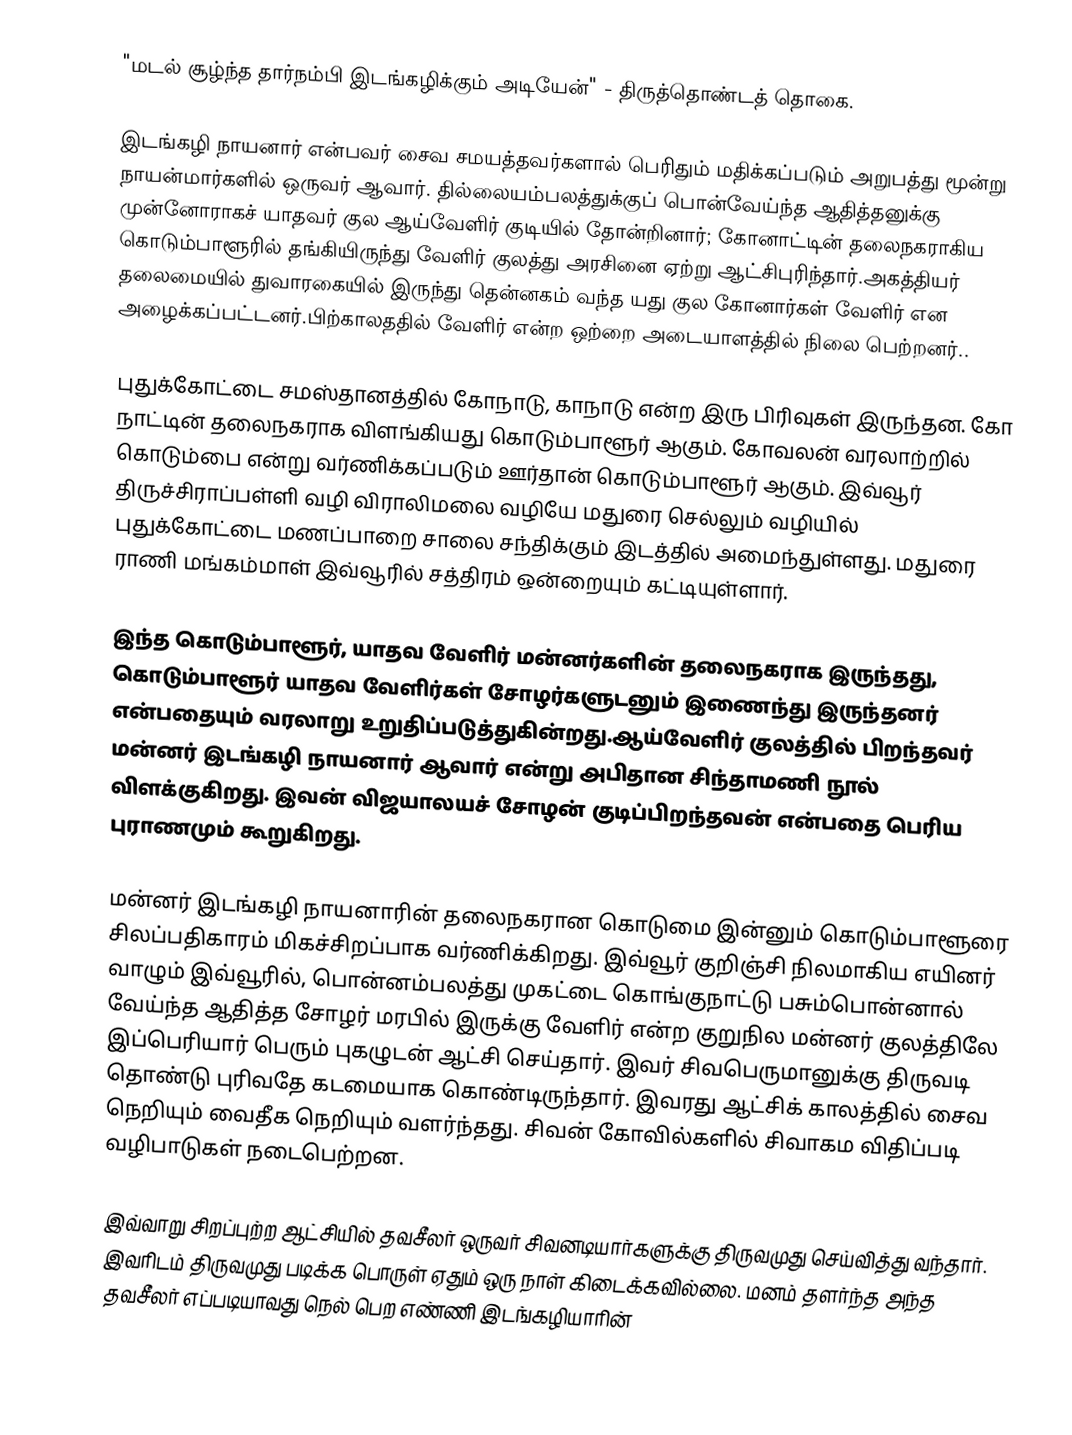
"மடல் சூழ்ந்த தார்நம்பி இடங்கழிக்கும் அடியேன்" - திருத்தொண்டத் தொகை.

இடங்கழி நாயனார் என்பவர் சைவ சமயத்தவர்களால் பெரிதும் மதிக்கப்படும் அறுபத்து மூன்று நாயன்மார்களில் ஒருவர் ஆவார். தில்லையம்பலத்துக்குப் பொன்வேய்ந்த ஆதித்தனுக்கு முன்னோராகச் யாதவர் குல ஆய்வேளிர் குடியில் தோன்றினார்; கோனாட்டின் தலைநகராகிய கொடும்பாளூரில் தங்கியிருந்து வேளிர் குலத்து அரசினை ஏற்று ஆட்சிபுரிந்தார்.அகத்தியர் தலைமையில் துவாரகையில் இருந்து தென்னகம் வந்த யது குல கோனார்கள்  வேளிர் என அழைக்கப்பட்டனர்.பிற்காலததில் வேளிர் என்ற ஒற்றை அடையாளத்தில் நிலை பெற்றனர்..

புதுக்கோட்டை சமஸ்தானத்தில் கோநாடு, காநாடு என்ற இரு பிரிவுகள் இருந்தன. கோ நாட்டின் தலைநகராக விளங்கியது கொடும்பாளூர் ஆகும். கோவலன் வரலாற்றில் கொடும்பை என்று வர்ணிக்கப்படும் ஊர்தான் கொடும்பாளூர் ஆகும். இவ்வூர் திருச்சிராப்பள்ளி வழி விராலிமலை வழியே மதுரை செல்லும் வழியில் புதுக்கோட்டை மணப்பாறை சாலை சந்திக்கும் இடத்தில் அமைந்துள்ளது. மதுரை ராணி மங்கம்மாள் இவ்வூரில் சத்திரம் ஒன்றையும் கட்டியுள்ளார்.

இந்த கொடும்பாளூர், யாதவ வேளிர் மன்னர்களின் தலைநகராக இருந்தது, கொடும்பாளூர் யாதவ வேளிர்கள் சோழர்களுடனும் இணைந்து இருந்தனர் என்பதையும் வரலாறு உறுதிப்படுத்துகின்றது.ஆய்வேளிர் குலத்தில் பிறந்தவர் மன்னர் இடங்கழி நாயனார் ஆவார் என்று அபிதான சிந்தாமணி நூல் விளக்குகிறது. இவன் விஜயாலயச் சோழன் குடிப்பிறந்தவன் என்பதை பெரிய புராணமும் கூறுகிறது.

மன்னர் இடங்கழி நாயனாரின் தலைநகரான கொடுமை இன்னும் கொடும்பாளூரை சிலப்பதிகாரம் மிகச்சிறப்பாக வர்ணிக்கிறது. இவ்வூர் குறிஞ்சி நிலமாகிய எயினர் வாழும் இவ்வூரில், பொன்னம்பலத்து முகட்டை கொங்குநாட்டு பசும்பொன்னால் வேய்ந்த ஆதித்த சோழர் மரபில் இருக்கு வேளிர் என்ற குறுநில மன்னர் குலத்திலே இப்பெரியார் பெரும் புகழுடன் ஆட்சி செய்தார். இவர் சிவபெருமானுக்கு திருவடி தொண்டு புரிவதே கடமையாக கொண்டிருந்தார். இவரது ஆட்சிக் காலத்தில் சைவ நெறியும் வைதீக நெறியும் வளர்ந்தது. சிவன் கோவில்களில் சிவாகம விதிப்படி வழிபாடுகள் நடைபெற்றன.

இவ்வாறு சிறப்புற்ற ஆட்சியில் தவசீலர் ஒருவர் சிவனடியார்களுக்கு திருவமுது செய்வித்து வந்தார். இவரிடம் திருவமுது படிக்க பொருள் ஏதும் ஒரு நாள் கிடைக்கவில்லை. மனம் தளர்ந்த அந்த தவசீலர் எப்படியாவது நெல் பெற எண்ணி இடங்கழியாரின்